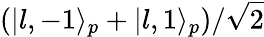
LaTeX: (|l,-1\rangle_{p}+|l,1\rangle_{p})/{\sqrt 2}